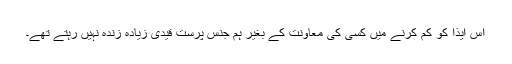
اس ایذا کو کم کرنے میں کسی کی معاونت کے بغیر ہم جنس پرست قیدی زيادہ زندہ نہیں رہتے تھے۔